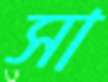
সা